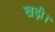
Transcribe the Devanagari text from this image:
खड़ी।